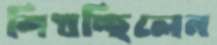
শিখচ্ছিলেন